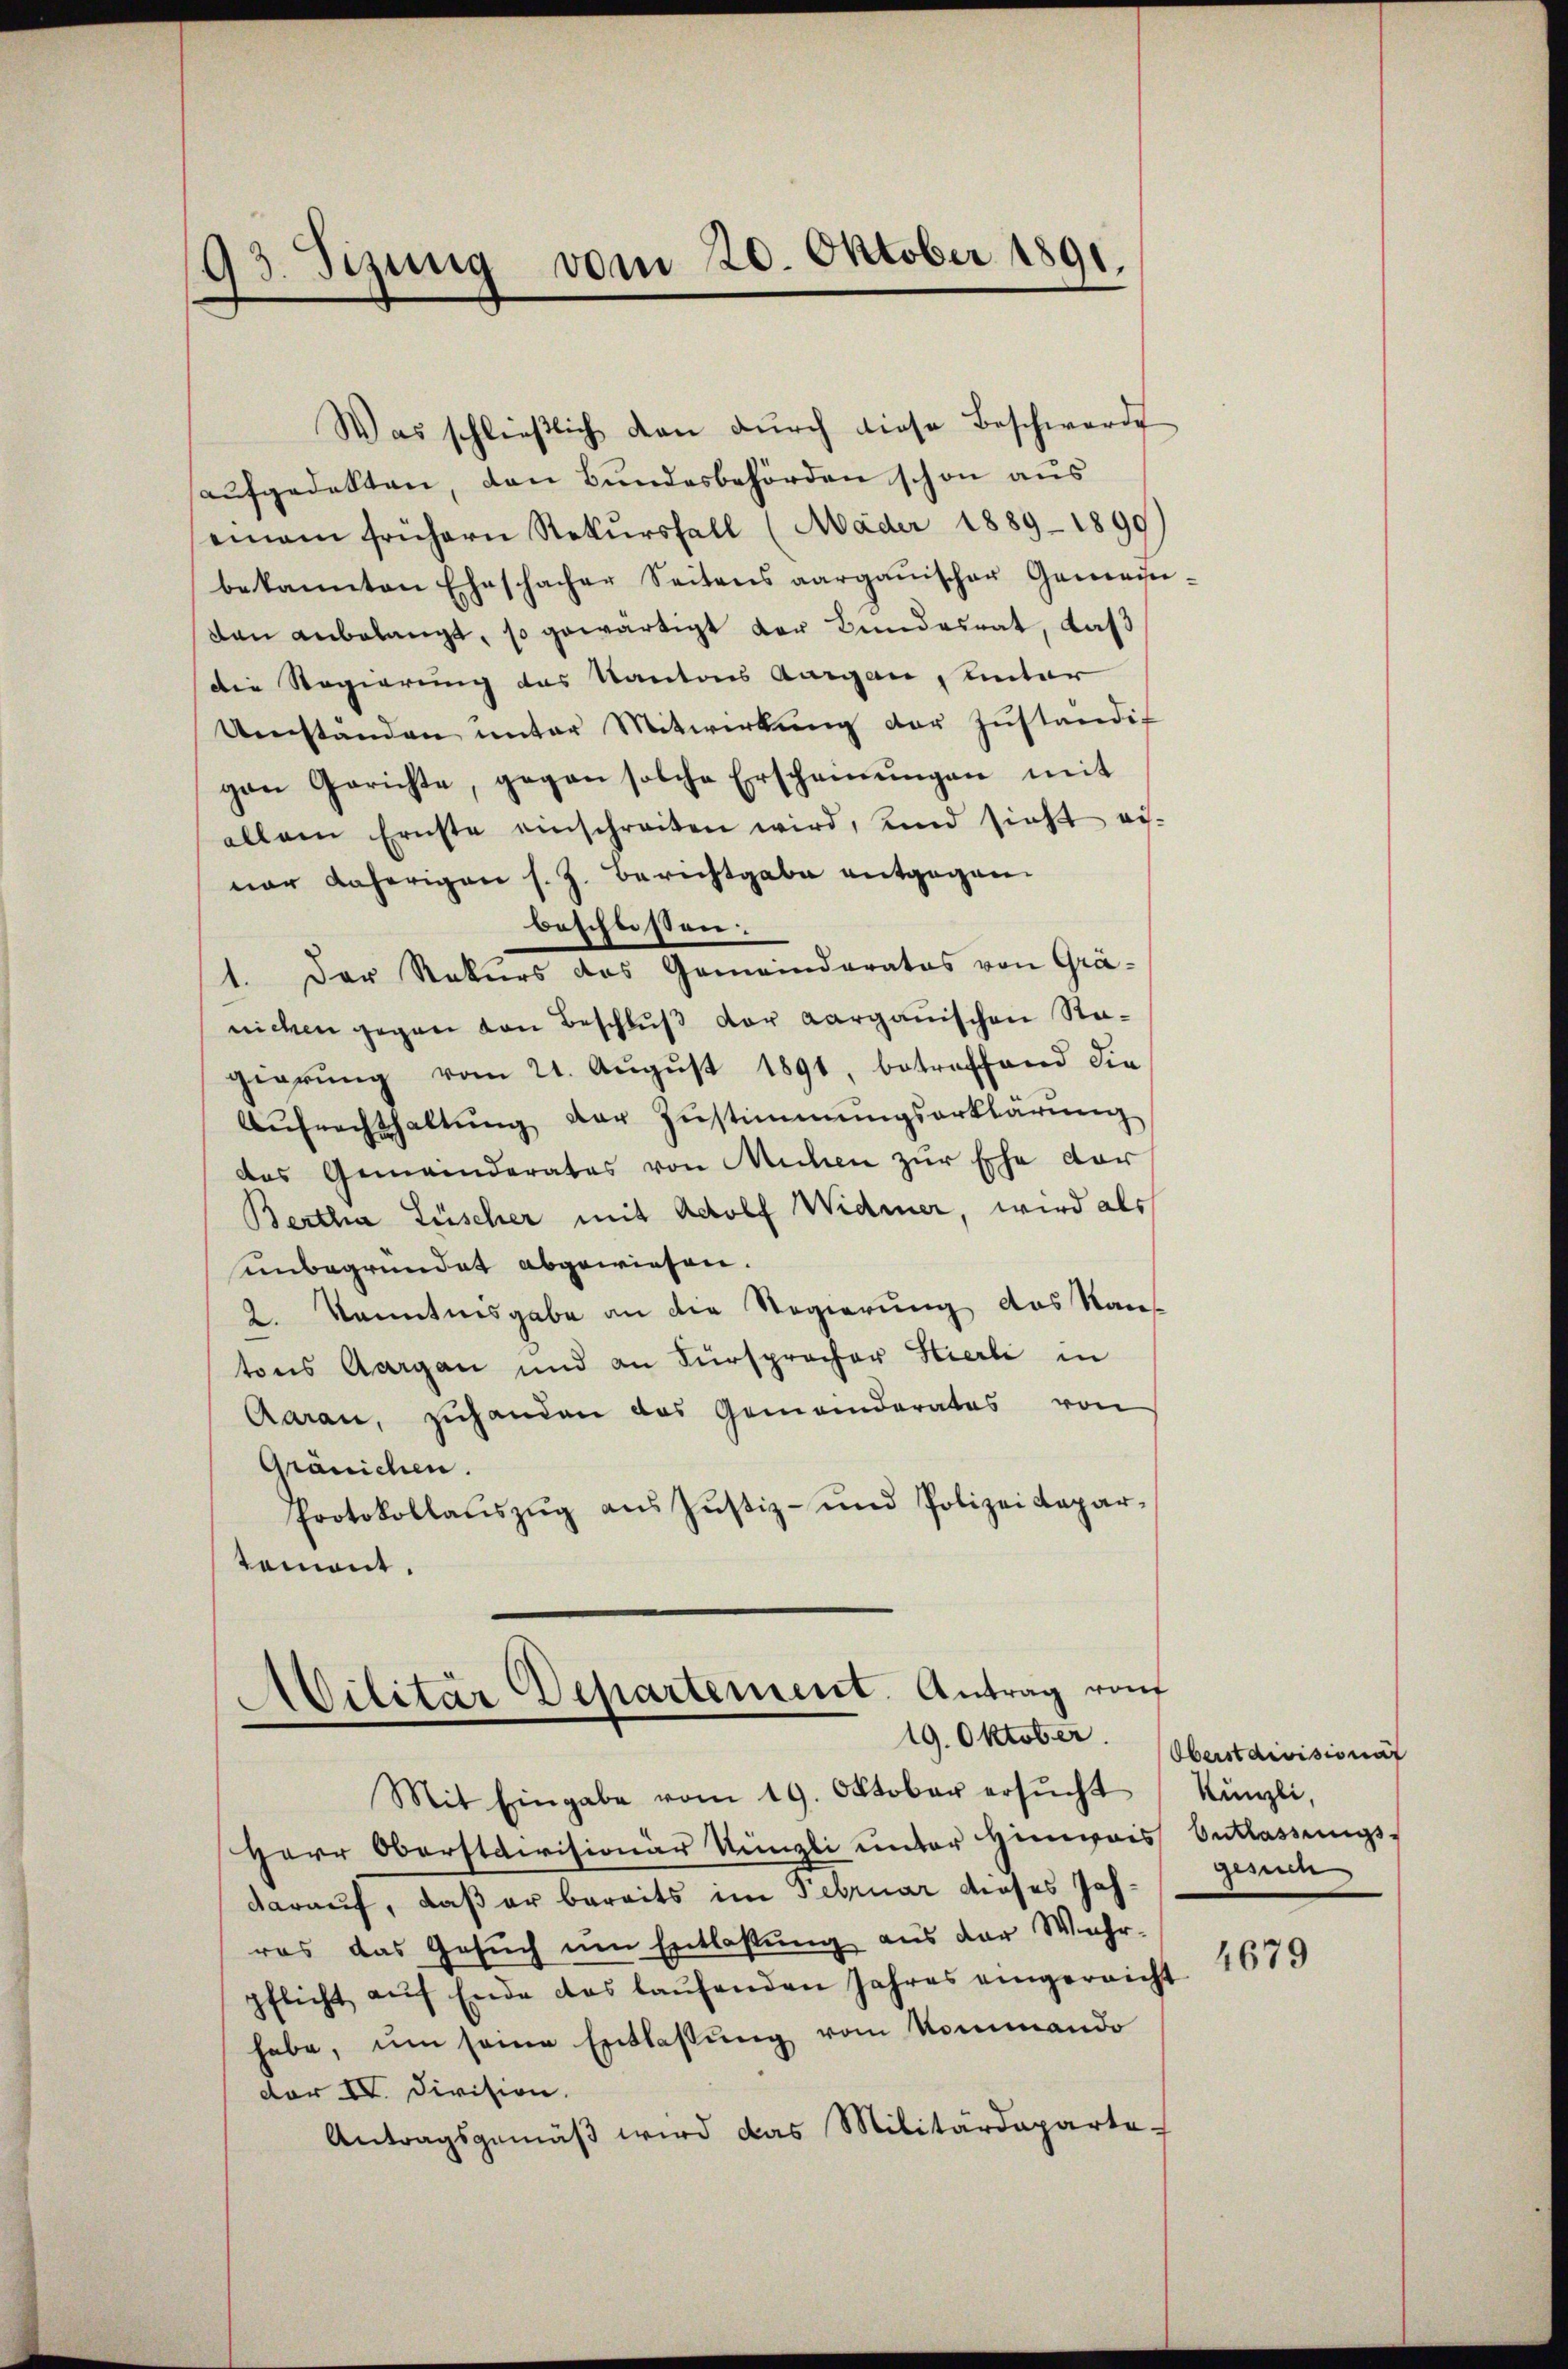
93. Jezung vom 20. Oktober 1891

Was schließlich dan durch diese Beschwerde
aufgedekten, den Bundesbehörden schon aus
einem frühern Rekŭrsfall (Mäder 1889 - 1899)
bekannten Eheschacher Seitens aargauischer Gemein-
dan anbelangt, so gewärtigt der Bundesrat, daß
die Regierung des Kantons Aargau, unter
Umstanden unter Mitwirkung der Zuständig
gen Gerichte, gegen solche Erscheinŭngen mit
allein Ernste einschreiben wird, und sieht ei-
ner daherigen s. Z. Berichtgabe entgegen-
beschlossen:
1. Der Rekurs das Gemeinderates von Grä-
nichen gegen von Beschluß der Aargauischen Stagierung vom 21. August 1891, betreffend die
Aŭfrechthaltŭng der Zŭstimmungserklärung
das Gemeinderates von Michen zur Ehe dar
Bertha Lüscher mit Adolf Widmer, wird als
unbegründet abgewiesen.
2. Kenntnisgabe an die Regierung des Kan-
tons Aargau und an Fürspracher Stierli in
Aarau, zuhanden das Gemeinderates von
Gränichen.
Protokollaŭszŭg aŭs Jŭstiz- und Polizeidepar-
tamont.

Militär Departement. Antrag von
19. Oktober.

Mit Eingabe vom 19. Oktober ersŭcht
Herr Oberstaivisionär Künzli unter Hinweis Entlassungs-
darauf, daß er bereits im Februar dieses Jahras das Gesuch um Entlassung aus der Wahr-
pflicht aŭf Ende das laŭfenden Jahres eingereicht
habe, um seine Entlassung vom Kommando
dor IV. Division.
Antragsgemäβ wird das Militärdeparte

Oberst divisionat
Künzli,
gesuch

4679